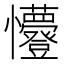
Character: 𭟭